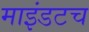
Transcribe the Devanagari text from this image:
माइंडटच